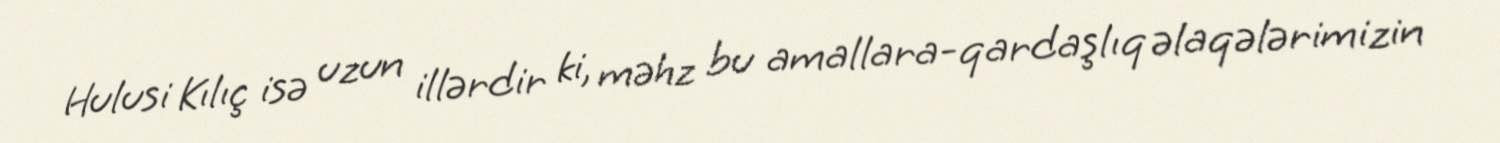
Hulusi Kılıç isə uzun illərdir ki, məhz bu amallara-qardaşlıq əlaqələrimizin